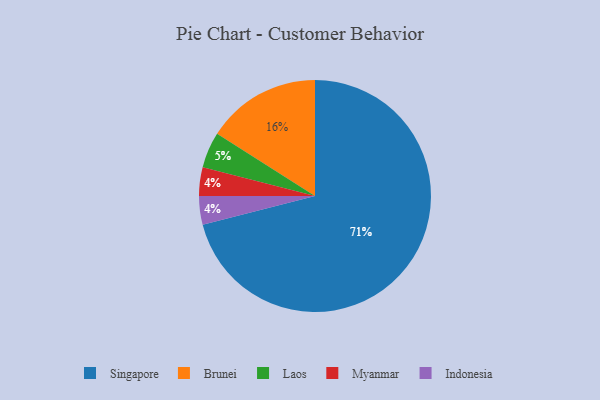
{"axis": {"x": "Category", "y": "Percentage"}, "legend": ["Brunei", "Indonesia", "Laos", "Myanmar", "Singapore"], "data": [{"x": "Brunei", "y": 16, "type": "Brunei"}, {"x": "Myanmar", "y": 4, "type": "Myanmar"}, {"x": "Indonesia", "y": 4, "type": "Indonesia"}, {"x": "Singapore", "y": 71, "type": "Singapore"}, {"x": "Laos", "y": 5, "type": "Laos"}]}